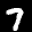
Label: 7